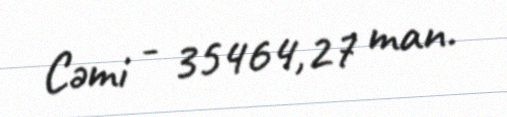
Cəmi - 35464,27 man.